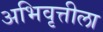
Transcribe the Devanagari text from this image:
अभिवृत्तीला